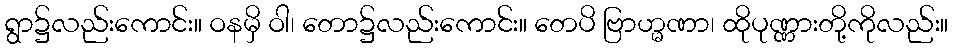
ရွာ၌လည်းကောင်း။ ဝနမှိ ဝါ၊ တော၌လည်းကောင်း။ တေပိ ဗြာဟ္မဏာ၊ ထိုပုဏ္ဏားတို့ကိုလည်း။